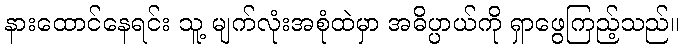
နားထောင်နေရင်း သူ့ မျက်လုံးအစုံထဲမှာ အဓိပ္ပာယ်ကို ရှာဖွေကြည့်သည်။